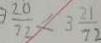
\frac { 2 0 } { 7 2 } < 3 \frac { 2 1 } { 7 2 }